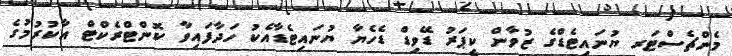
މެންޗެސްޓަރ ޔުނައިޓެޑްގެ ޒުވާން ކީޕަރު ޑޭވިޑް ޑެހެޔާ ޔުނައިޓެޑާއެކު ހަދާފައިވާ ކޮންޓްރެކްޓް އާކުރުމުގެ